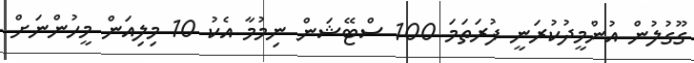
ގޫގުލުން އުންމީދުކުރަނީ ފުރަތަމަ 100 ސްޓޭޝަން ނިމުމާ އެކު 10 މިލިއަން މީހުންނަށް